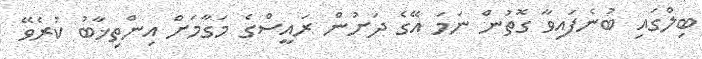
ބިލްގައި ބުނެފައިވާ ގޮތުން ނަމަ އޭގެ ދަށުން ރައީސްގެ މަގާމަށް އިންތިޚާބު ކުރެވޭ